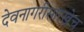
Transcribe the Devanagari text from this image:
देवनागरीसारखेच